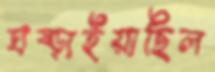
ঘষ্‌ড়াইয়াছিল